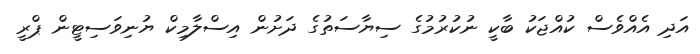
އަދި އެއްވެސް ކުއްޖަކު ބާކީ ނުކުރުމުގެ ސިޔާސަތުގެ ދަށުން އިސްލާމިކް ޔުނިވަސިޓީން ޕްރީ